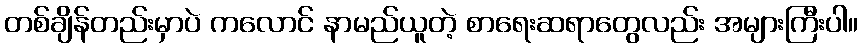
တစ်ချိန်တည်းမှာပဲ ကလောင် နာမည်ယူတဲ့ စာရေးဆရာတွေလည်း အများကြီးပါ။